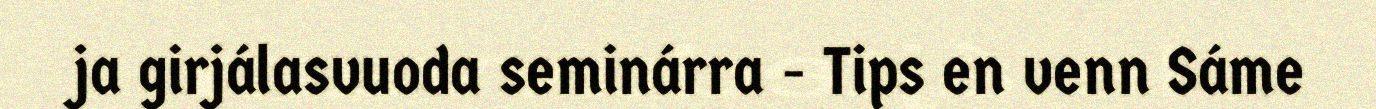
ja girjálasvuoda seminárra - Tips en venn Sáme